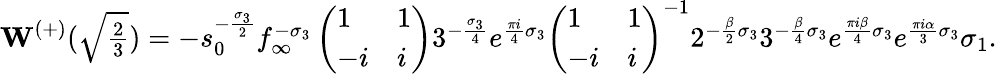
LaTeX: \mathbf{W}^{(+)}(\textstyle\sqrt{\frac{2}{3}})=-s_{0}^{-\frac{\sigma_{3}}{2}}f_{\infty}^{-\sigma_{3}}\left(\begin{array}{ll}{1}&{1}\\ {-i}&{i}\end{array}\right)3^{-\frac{\sigma_{3}}{4}}e^{\frac{\pi i}{4}\sigma_{3}}\left(\begin{array}{ll}{1}&{1}\\ {-i}&{i}\end{array}\right)^{-1}2^{-\frac{{\beta}}{2}\sigma_{3}}3^{-\frac{{\beta}}{4}\sigma_{3}}e^{\frac{\pi i{\beta}}{4}\sigma_{3}}e^{\frac{\pi i\alpha}{3}\sigma_{3}}\sigma_{1}.